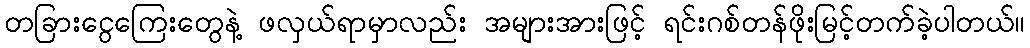
တခြားငွေကြေးတွေနဲ့ ဖလှယ်ရာမှာလည်း အများအားဖြင့် ရင်းဂစ်တန်ဖိုးမြင့်တက်ခဲ့ပါတယ်။